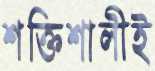
শক্তিশালীই